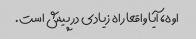
اوه، آیا واقعا راه زیادی در پیش است.